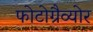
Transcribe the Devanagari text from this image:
फोटोग्रैव्योर